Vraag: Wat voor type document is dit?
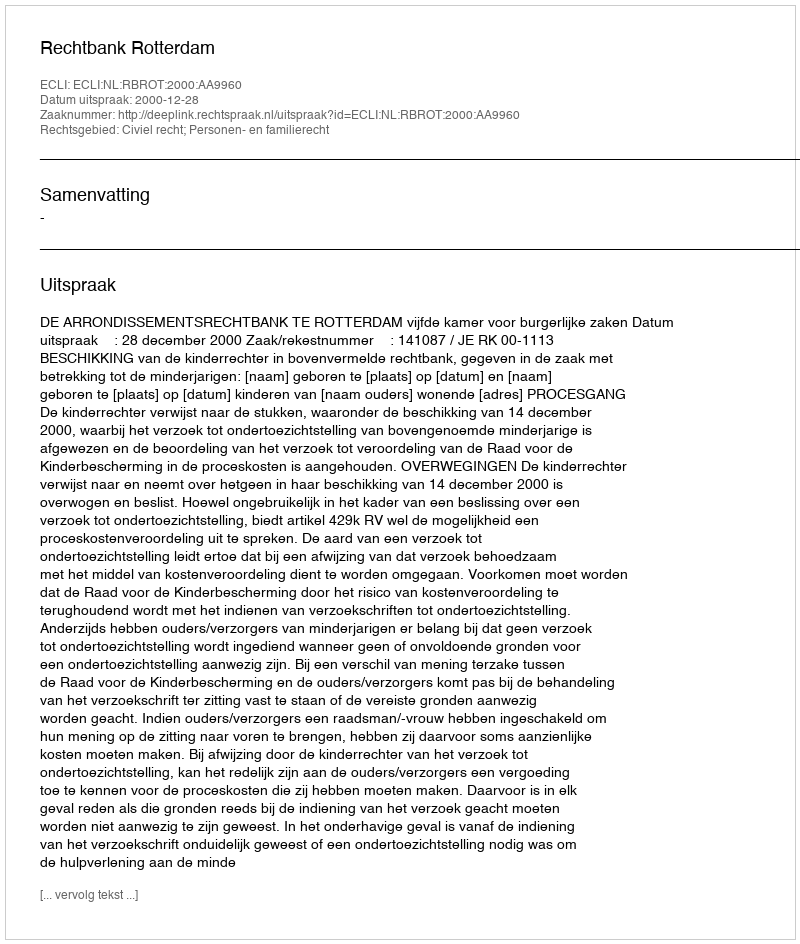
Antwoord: Uitspraak